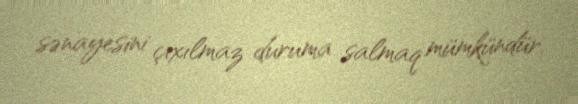
sənayesini çıxılmaz duruma salmaq mümkündür.